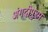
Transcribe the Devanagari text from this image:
अंगदीपुरम